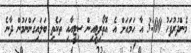
މެންދުރުފަހު 3:00 އާ ހަމައަށް އެ އޮތޯރިޓީއިން ސިޓީއާއި ތަކެތި ބަލައިގަންނަމުން ދާނެ